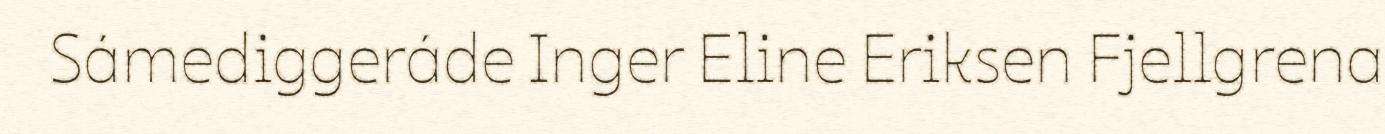
Sámediggeráde Inger Eline Eriksen Fjellgrena